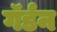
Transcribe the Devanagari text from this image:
गॅर्डन